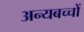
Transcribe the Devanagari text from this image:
अन्यबच्चों